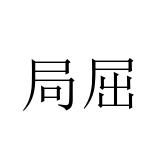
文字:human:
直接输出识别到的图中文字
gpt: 局屈